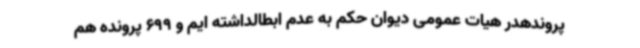
پروندهدر هیات عمومی دیوان حکم به عدم ابطالداشته ایم و 699 پرونده هم